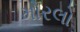
મોરલો